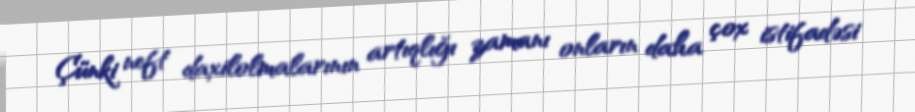
Çünki neft daxilolmalarının artıqlığı zamanı onların daha çox istifadəsi